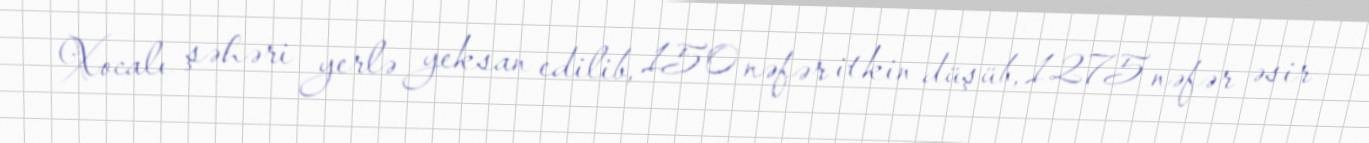
Xocalı şəhəri yerlə yeksan edilib, 150 nəfər itkin düşüb, 1275 nəfər əsir